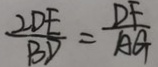
\frac { 2 D E } { B D } = \frac { D F } { A G }